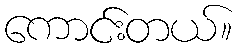
ကောင်းတယ်။